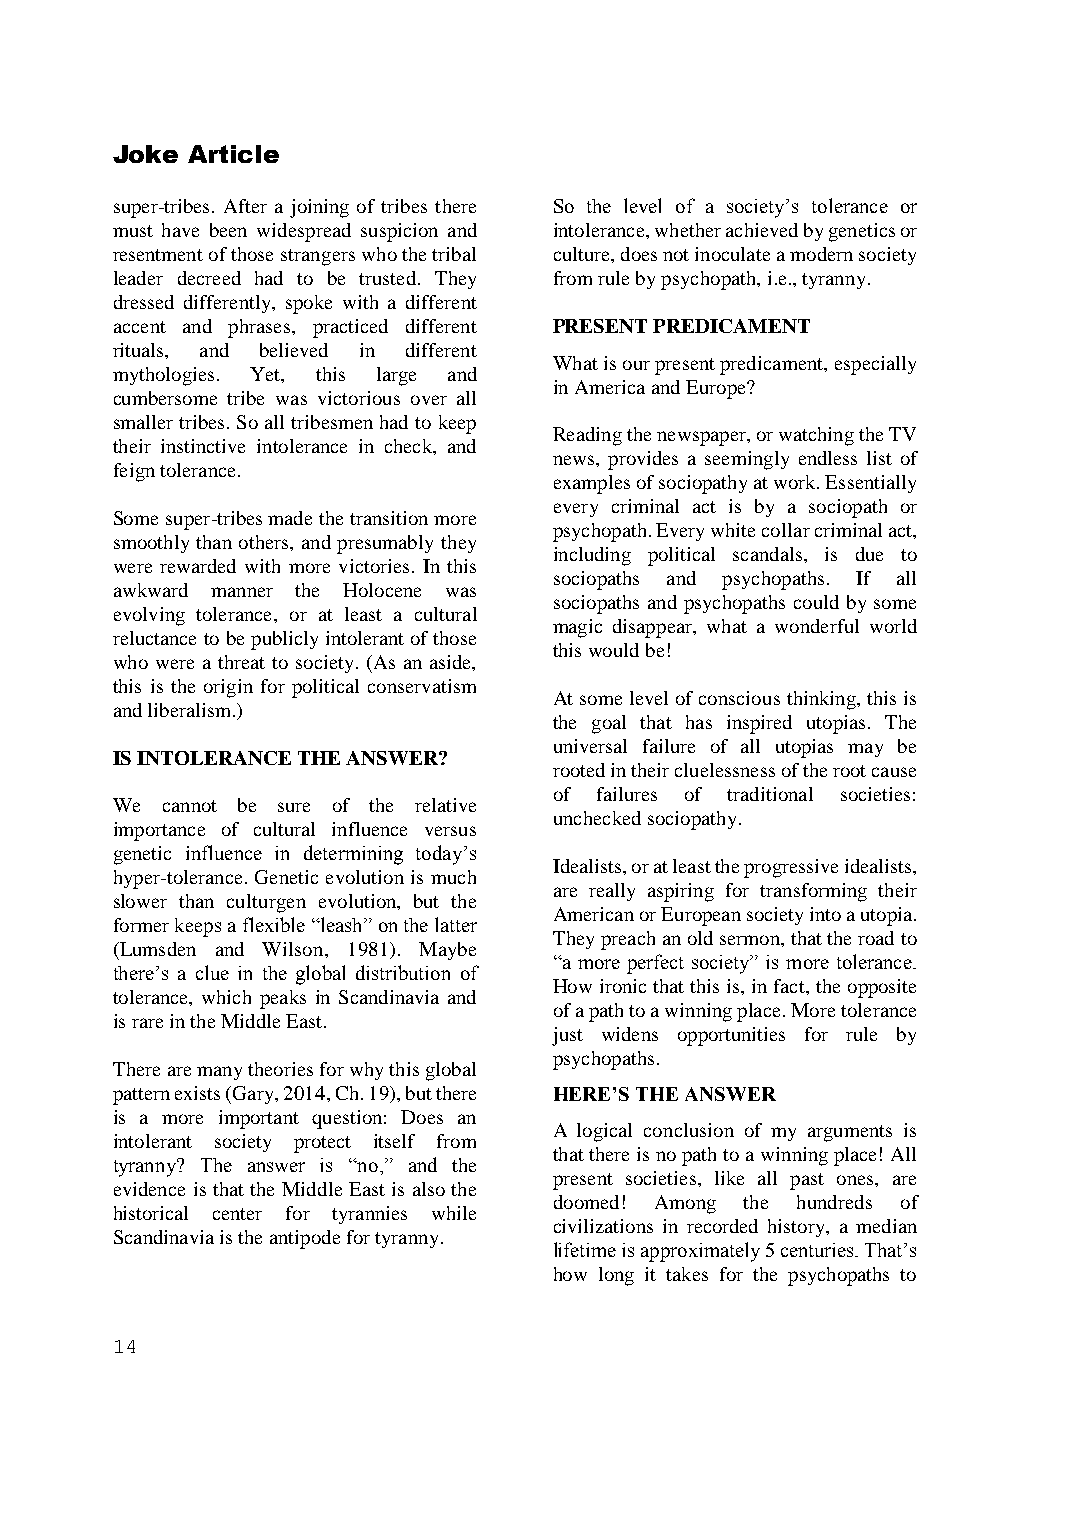
Joke Article
 super-tribes. After a joining of tribes there So the level of a society’s tolerance or
 must have been widespread suspicion and intolerance, whether achieved by genetics or
 resentment of those strangers who the tribal culture, does not inoculate a modern society
 leader decreed had to be trusted. They from rule by psychopath, i.e., tyranny.
 dressed differently, spoke with a different
 accent and phrases, practiced different PRESENT PREDICAMENT
 rituals, and believed in different
 What is our present predicament, especially
 mythologies. Yet, this large and
 in America and Europe?
 cumbersome tribe was victorious over all
 smaller tribes. So all tribesmen had to keep
 Reading the newspaper, or watching the TV
 their instinctive intolerance in check, and
 news, provides a seemingly endless list of
 feign tolerance.
 examples of sociopathy at work. Essentially
 every criminal act is by a sociopath or
 Some super-tribes made the transition more
 psychopath. Every white collar criminal act,
 smoothly than others, and presumably they
 including political scandals, is due to
 were rewarded with more victories. In this
 sociopaths and psychopaths. If all
 awkward manner the Holocene was
 sociopaths and psychopaths could by some
 evolving tolerance, or at least a cultural
 magic disappear, what a wonderful world
 reluctance to be publicly intolerant of those
 this would be!
 who were a threat to society. (As an aside,
 this is the origin for political conservatism
 At some level of conscious thinking, this is
 and liberalism.)
 the goal that has inspired utopias. The
 universal failure of all utopias may be
 IS INTOLERANCE THE ANSWER?
 rooted in their cluelessness of the root cause
 of failures of traditional societies:
 We  cannot be sure of the relative
 unchecked sociopathy.
 importance of cultural influence versus
 genetic influence in determining today’s
 Idealists, or at least the progressive idealists,
 hyper-tolerance. Genetic evolution is much
 are really aspiring for transforming their
 slower than culturgen evolution, but the
 American or European society into a utopia.
 former keeps a flexible “leash” on the latter
 They preach an old sermon, that the road to
 (Lumsden and Wilson, 1981). Maybe
 “a more perfect society” is more tolerance.
 there’s a clue in the global distribution of
 How ironic that this is, in fact, the opposite
 tolerance, which peaks in Scandinavia and
 of a path to a winning place. More tolerance
 is rare in the Middle East.
 just widens opportunities for rule by
 psychopaths.
 There are many theories for why this global
 pattern exists (Gary, 2014, Ch. 19), but there HERE’S THE ANSWER
 is a more important question: Does an
 A logical conclusion of my arguments is
 intolerant society protect itself from
 that there is no path to a winning place! All
 tyranny? The answer is “no,” and the
 present societies, like all past ones, are
 evidence is that the Middle East is also the
 doomed! Among the hundreds of
 historical center for tyrannies while
 civilizations in recorded history, a median
 Scandinavia is the antipode for tyranny.
 lifetime is approximately 5 centuries. That’s
 how long it takes for the psychopaths to
 14